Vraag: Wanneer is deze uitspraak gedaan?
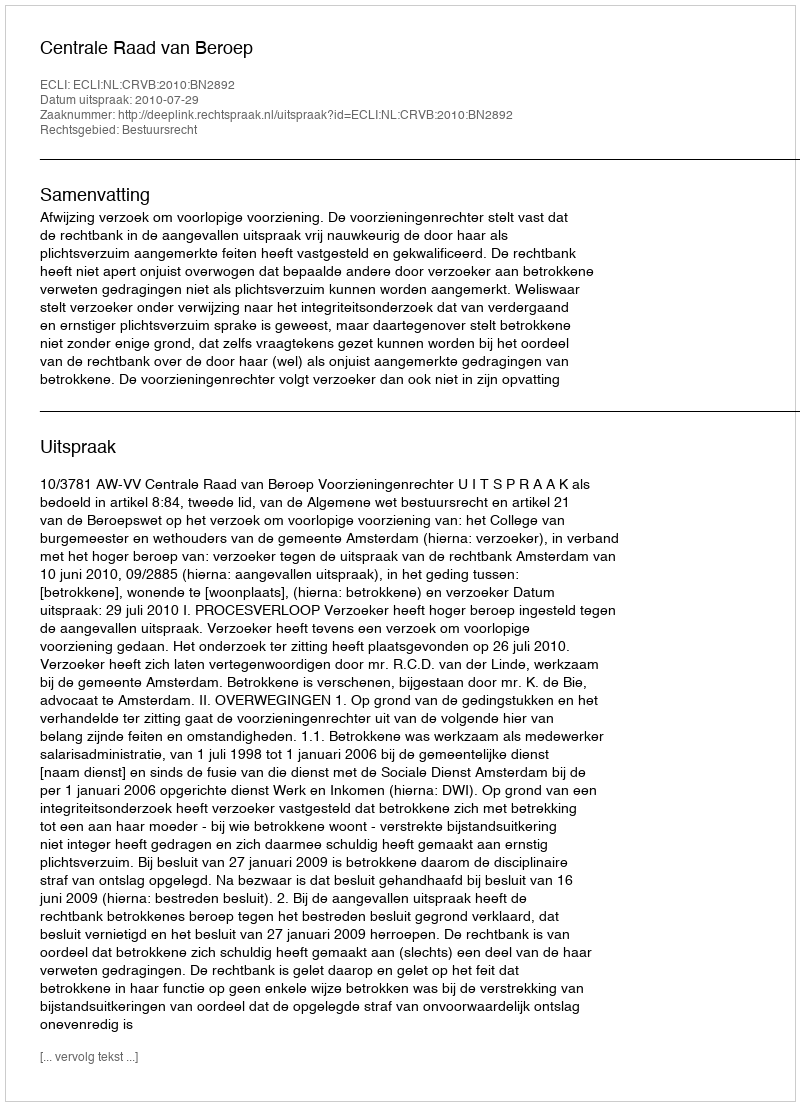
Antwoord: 2010-07-29